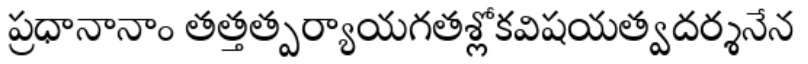
ప్రధానానాం తత్తత్పర్యాయగతశ్లోకవిషయత్వదర్శనేన